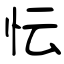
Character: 忶